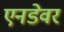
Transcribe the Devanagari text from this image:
एनडेवर